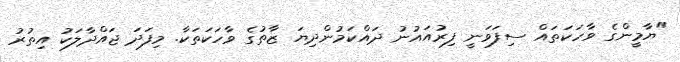
"ޔާމީންގެ ވާހަކަތައް ސިފަވަނީ ފިރުއައުނު ދައްކަމުންދިޔަ ޒާތުގެ ވާހަކަތަކާ. މިފަދަ ޖައްދާލަކު އިތުރު